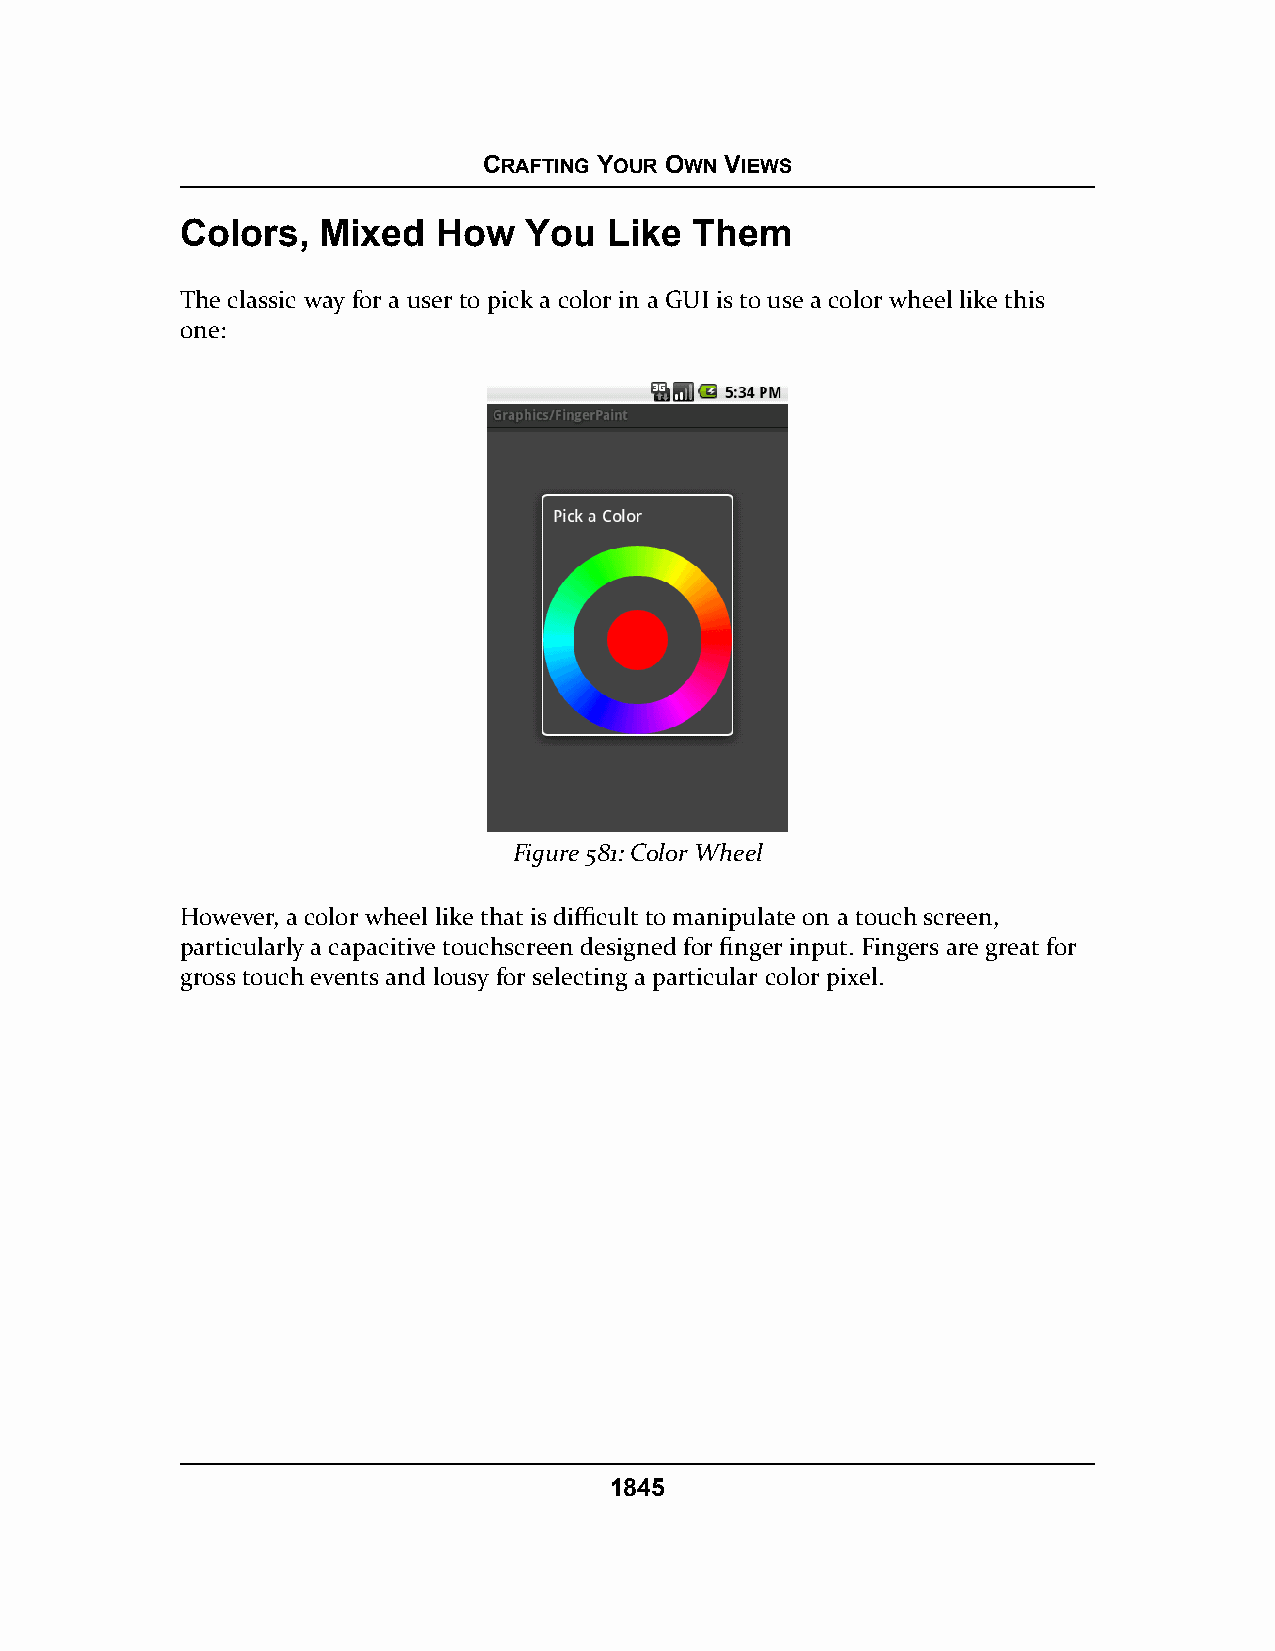
CRAFTING YOUR OWN VIEWS
 Colors,  Mixed   How   You  Like  Them
 The classic way for a user to pick a color in a GUI is to use a color wheel like this
 one:
 Figure 581: Color Wheel
 However, a color wheel like that is difficult to manipulate on a touch screen,
 particularly a capacitive touchscreen designed for finger input. Fingers are great for
 gross touch events and lousy for selecting a particular color pixel.
 1845